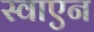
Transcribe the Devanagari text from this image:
स्वाएन